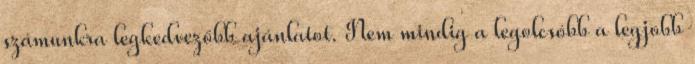
számunkra legkedvezőbb ajánlatot. Nem mindig a legolcsóbb a legjobb